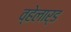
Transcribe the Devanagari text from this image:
व्हेलार्ड